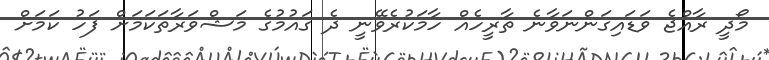
މޯދީ ރާއްޖެ ވަޑައިގަންނަވާނެ ތާރީހެއް ހާމަކުރެވޭނީ ދެ ގައުމުގެ މަޝްވަރާތަކަމަށް ފަހު ކަމަށް